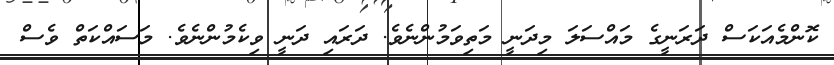
ކޮންމެއަކަސް ދަރަނީގެ މައްސަލަ މިދަނީ މަތިވަމުންނެވެ. ދަރައި ދަނީ ވިކެމުންނެވެ. މަސައްކަތް ވެސް